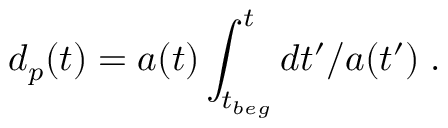
d _ { p } ( t ) = a ( t ) \int _ { t _ { b e g } } ^ { t } d t ^ { \prime } / a ( t ^ { \prime } ) \; .